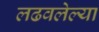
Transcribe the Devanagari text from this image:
लढवलेल्या